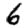
Digit: 6